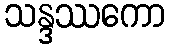
သန္ဒဿကော